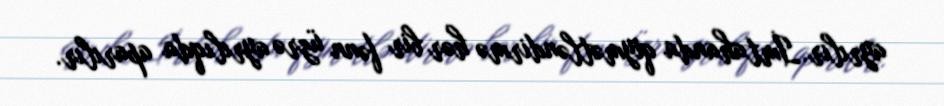
ayrılır.İmtahanda qiymətləndirmə hər bir fənn üzrə ayrılıqda aparılır.